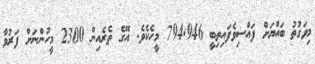
މިވަގުތު ބައްޔަށް ފައްސިވެފައިތިބީ 794